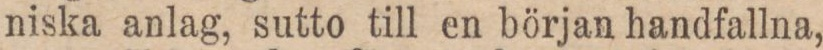
niska anlag, sutto till en början handfallna,